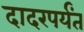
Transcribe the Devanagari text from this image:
दादरपर्यंत